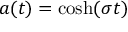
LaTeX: a ( t ) = \cosh ( \sigma t )